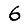
Digit: 6